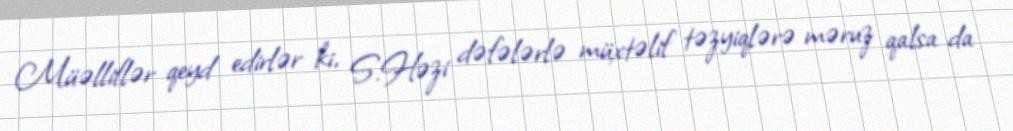
Müəlliflər qeyd edirlər ki, S.Həzi dəfələrlə müxtəlif təzyiqlərə məruz qalsa da